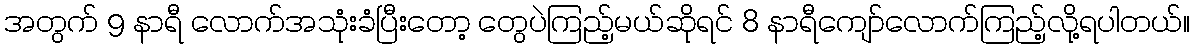
အတွက် 9 နာရီ လောက်အသုံးခံပြီးတော့ တွေပဲကြည့်မယ်ဆိုရင် 8 နာရီကျော်လောက်ကြည့်လို့ရပါတယ်။